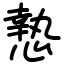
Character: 慹